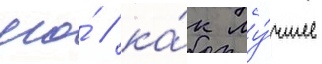
его́ / ка́к лу́чшее